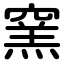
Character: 窯